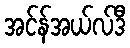
အင်န်အယ်လ်ဒီ